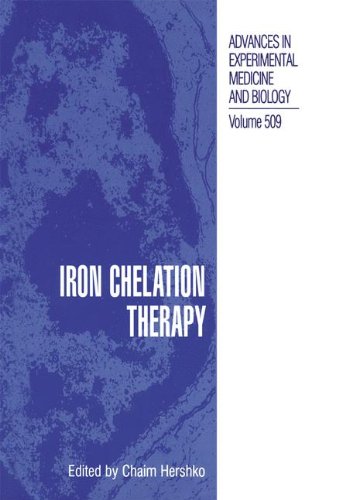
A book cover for Iron Chelation Therapy (Advances in Experimental Medicine and Biology); Health, Fitness & Dieting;